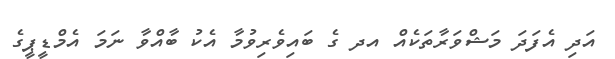
އަދި އެފަދަ މަޝްވަރާތަކެއް އދ ގެ ބައިވެރިވުމާ އެކު ބާއްވާ ނަމަ އެމްޑީޕީގެ